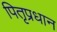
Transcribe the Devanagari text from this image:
पितृप्रधान